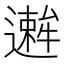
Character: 𫑋